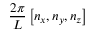
\frac { 2 \pi } { L } \left[ n _ { x } , n _ { y } , n _ { z } \right]